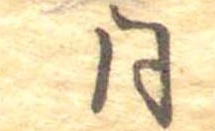
同